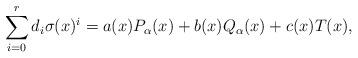
LaTeX: \begin{align*}\sum_{i=0}^{r}d_i\sigma(x)^i = a(x)P_\alpha(x) + b(x)Q_\alpha(x)+ c(x)T(x),\end{align*}